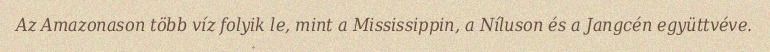
Az Amazonason több víz folyik le, mint a Mississippin, a Níluson és a Jangcén együttvéve.